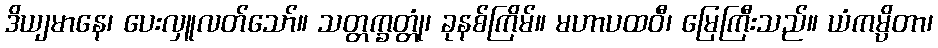
ဒိယျမာနေ၊ ပေးလှူလတ်သော်။ သတ္တက္ခတ္တုံ၊ ခုနစ်ကြိမ်။ မဟာပထဝီ၊ မြေကြီးသည်။ ယံကမ္ပိတာ၊